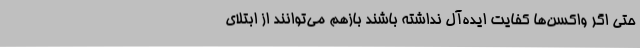
حتی اگر واکسن‌ها کفایت ایده‌آل نداشته باشند بازهم می‌توانند از ابتلای